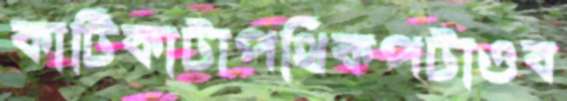
কাটিকাটাপথিকপটাওব